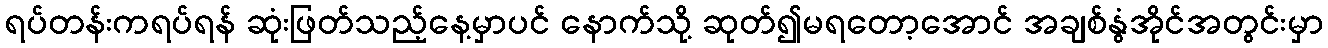
ရပ်တန်းကရပ်ရန် ဆုံးဖြတ်သည့်နေ့မှာပင် နောက်သို့ ဆုတ်၍မရတော့အောင် အချစ်နွံအိုင်အတွင်းမှာ